Civil Veterinary Department. Central Provinces & Berar 1932-41 - 1932-1941
Year: 1932
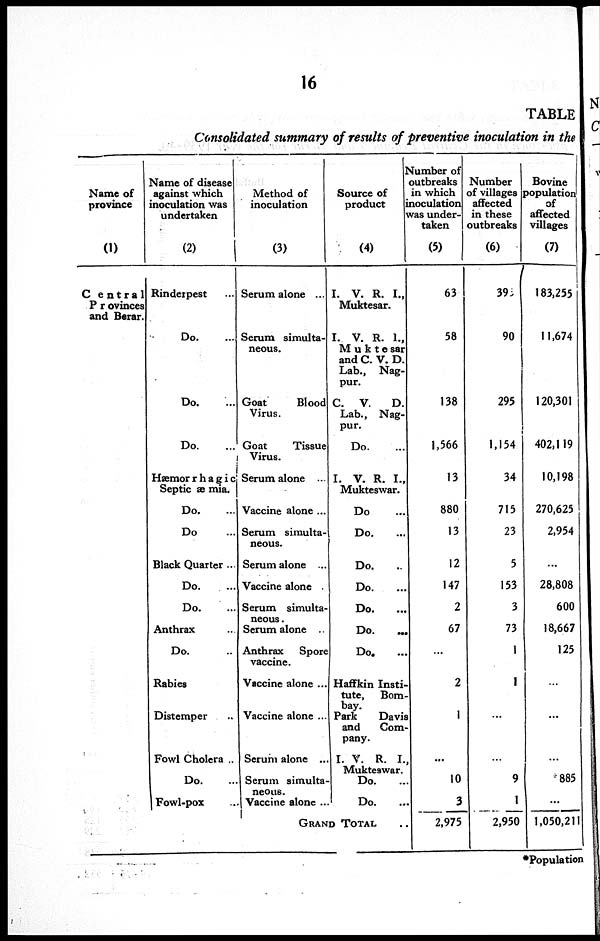
16
TABLE
Consolidated summary of results of preventive inoculation in the
Name of
province
(1)
Central
Provinces
and Berar.
Name of disease
against which
inoculation was
undertaken
(2)
Rinderpest ...
Do. ...
Do. ...
Do. ...
Hæmorrhagic
Septicæmia.
Do. ...
Do ...
Black Quarter ...
Do. ...
Do. ...
Anthrax
Do. ..
Rabies
Distemper ..
Fowl Cholera ..
Do. ...
Fowl-pox ...
Method of
inoculation
(3)
Serum alone ...
Serum simulta-
neous.
Goat
Blood
Virus.
Goat
Tissue
Virus.
Serum alone ...
Vaccine alone ...
Serum simulta-
neous.
Serum alone ...
Vaccine alone .
Serum simulta-
neous .
Serum alone
Anthrax
Spore
vaccine.
Vaccine alone ...
Vaccine alone ...
Serum alone ...
Serum simulta-
neous.
Vaccine alone ...
Source of
product
(4)
I. V. R. I.,
Muktesar.
I. V. R. I.,
Muktesar
and C. V. D.
Lab., Nag-
pur.
C. V.
D.
Lab., Nag-
pur.
Do. ...
I. V. R. I.,
Mukteswar.
Do ...
Do. ...
Do.
Do. ...
Do. ...
Do. ...
Do. ...
Haffkin Insti-
tute,
Bom-
bay.
Park
Davis
and
Com-
pany.
I. Y. R. I.
Mukteswar.
Do. ...
Do. ...
GRAND TOTAL ..
Number of
outbreaks
in which
inoculation
was under-
taken
(5)
63
58
138
1,566
13
880
13
12
147
2
67
...
2
1
...
10
3
2,975
Number
of villages
affected
in these
outbreaks
(6)
39
90
295
1,154
34
715
23
5
153
3
73
1
1
...
...
9
1
2,950
Bovine
population
of
affected
villages
(7)
183,255
11,674
120,301
402,119
10,198
270,625
2,954
...
28,808
600
18,667
125
...
...
...
*885
...
1,050,211
*Population